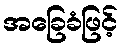
အခြေခံဖြင့်